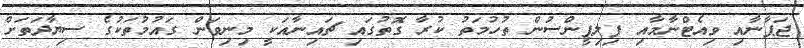
ޖަޕާނާއި ވިއެޓްނާމާއި ފިލިޕީންސުން ތުހުމަތު ކުރާ ގޮތުގައި ޗައިނާއަކީ މިނިވަން ގައުމުތަކުގެ ސިޔާދަތަށް